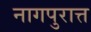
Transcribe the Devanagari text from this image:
नागपुरात्त